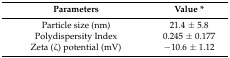
<table><thead><tr><td><b>Parameters</b></td><td><b>Value *</b></td></tr></thead><tbody><tr><td>Particle size (nm)</td><td>21.4 ± 5.8</td></tr><tr><td>Polydispersity Index</td><td>0.245 ± 0.177</td></tr><tr><td>Zeta (ζ) potential (mV)</td><td>−10.6 ± 1.12</td></tr></tbody></table>